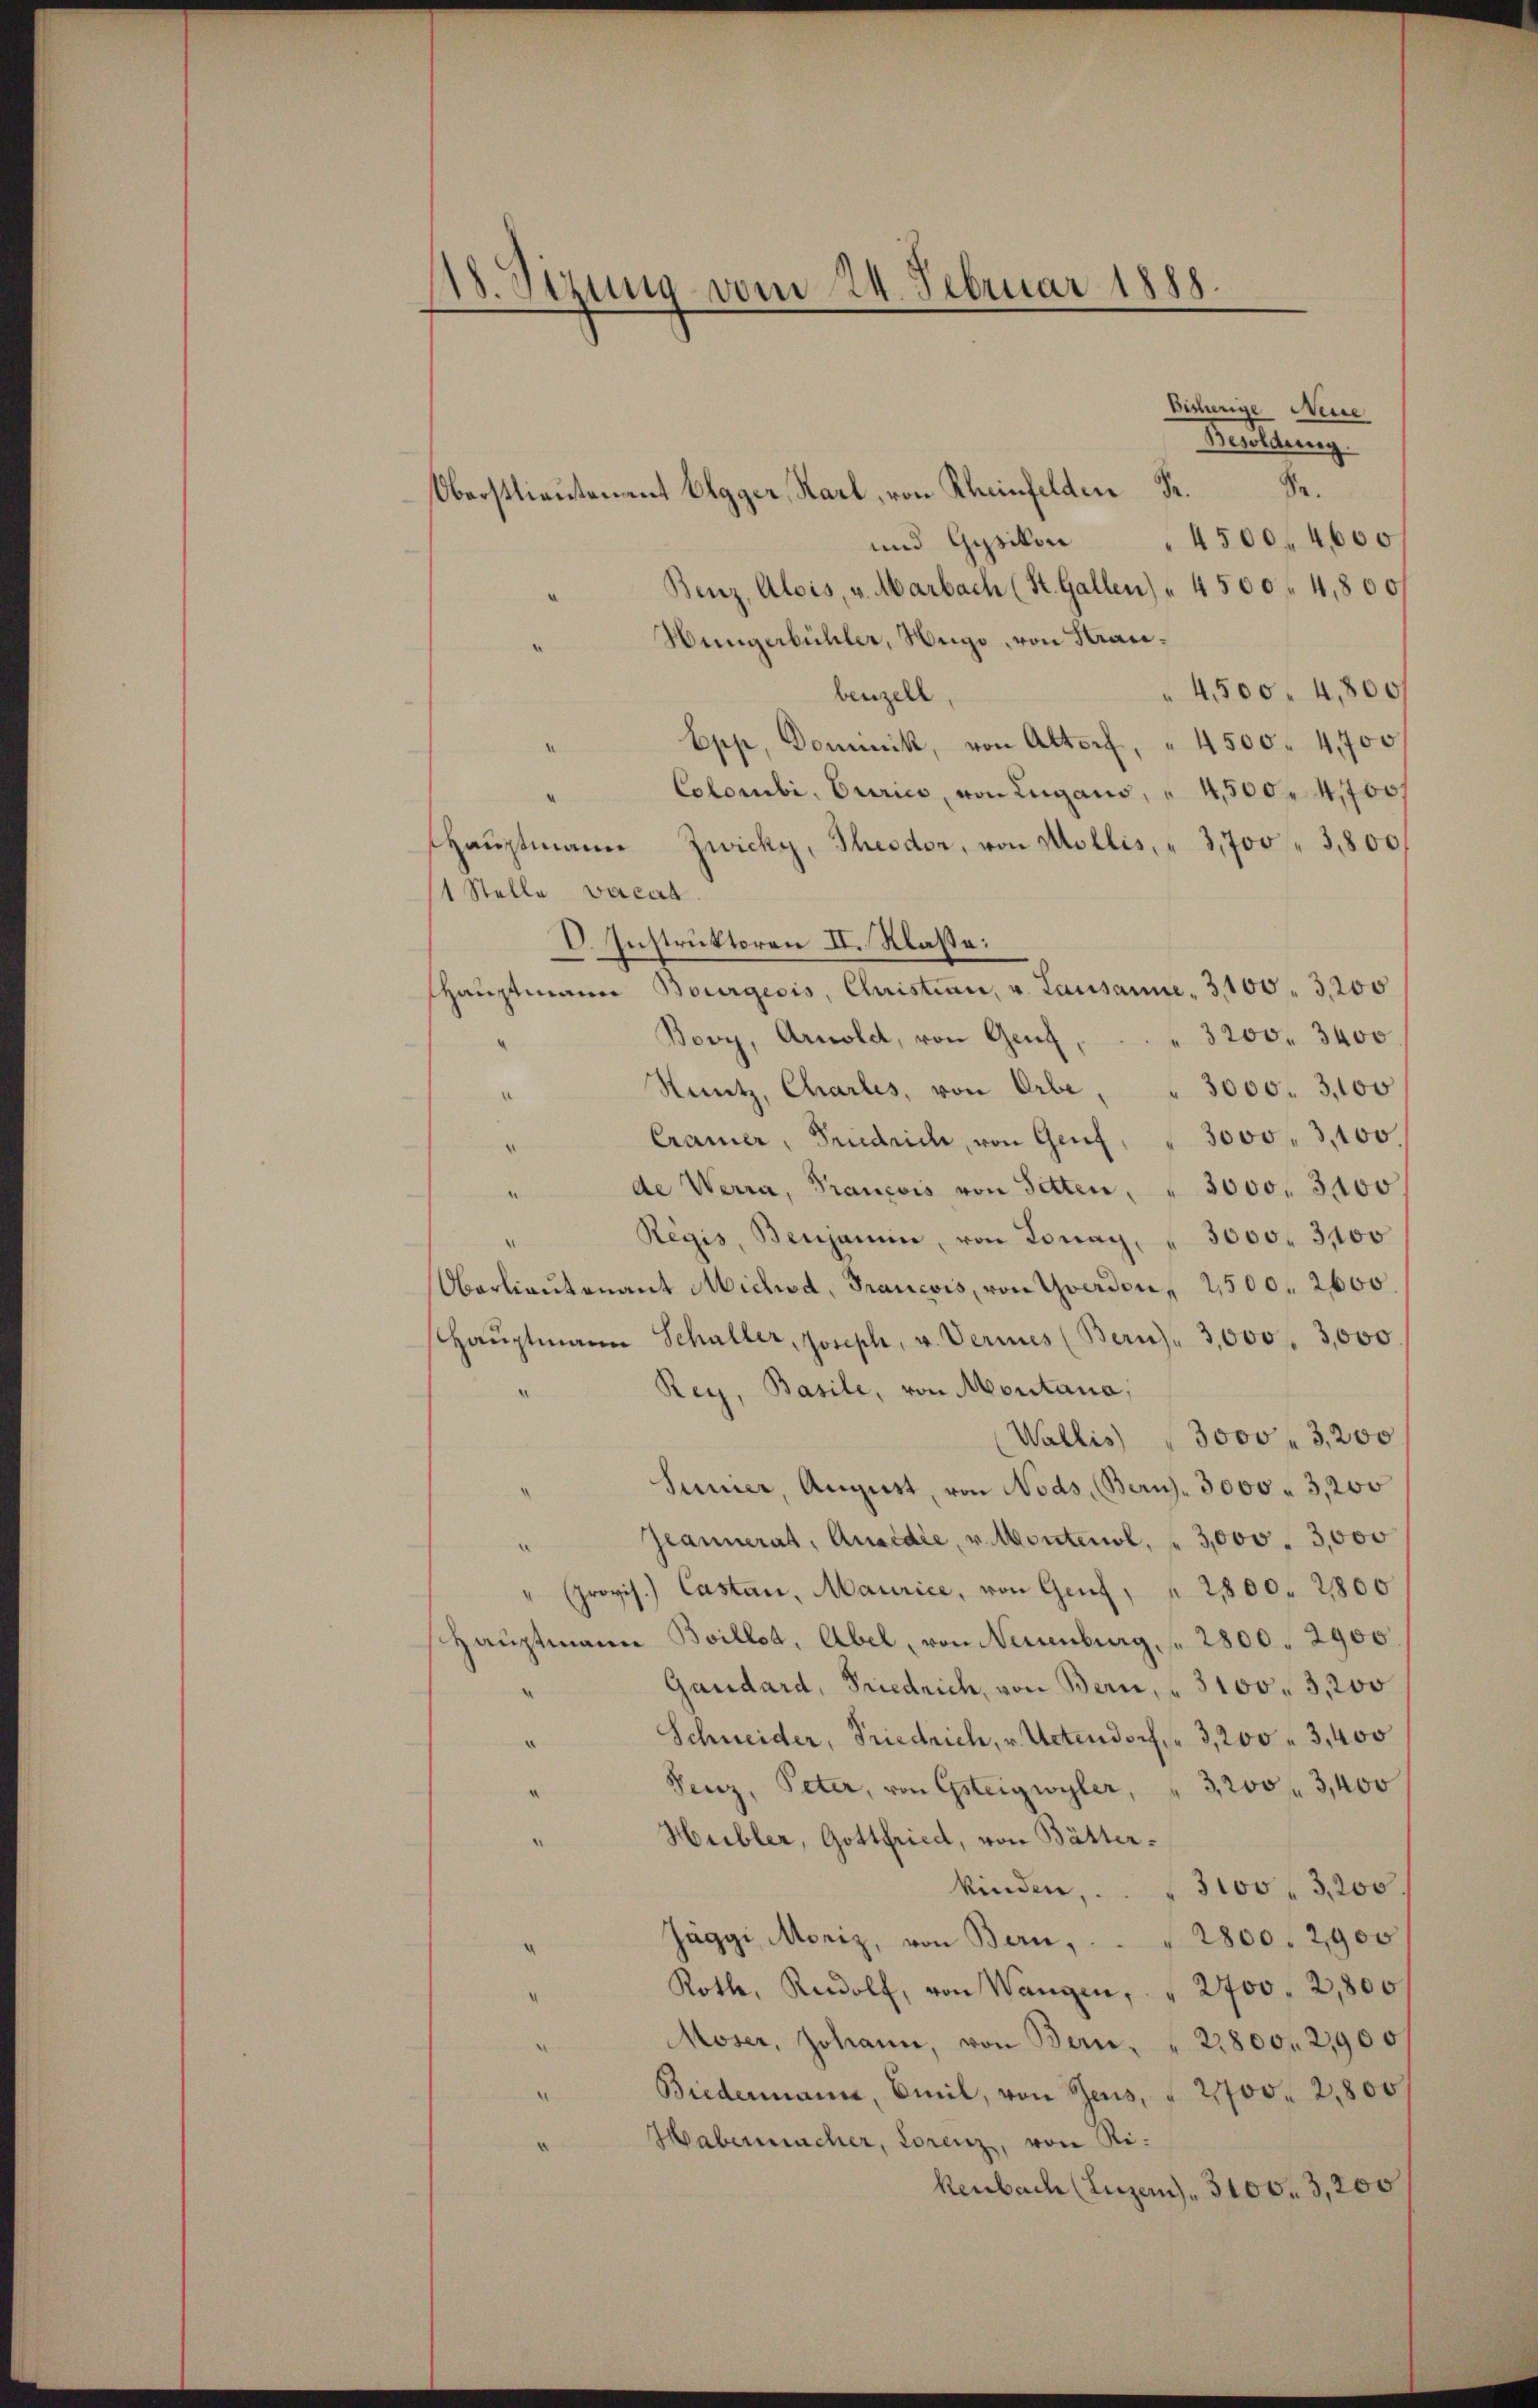
118. Sizung vom 24. Februar 1888.

bisherige Neue
Besoldung.
de.
Oberstlieutenant Elgger, Karl, von Rheinfelden Fr.
4500, 4600
und Gysikon
Benz, Alois, v. Marbach (St. Gallen) " 4500 f 4,800
Hüngerbühler, Weige, von Kran¬
 4500. 4,800
benzell,
Epp, Dominik, von Altorf, " 4500. 4,700
Colombi, Curico, von Lugans, " 4,500. 4700 f
Hausmann Zwicky, Theodor, von Mollis, " 3,700 " 3,800
1 Stelle vacan
C. Instruktoren II. Klasse:
shauptmann Bourgesis, Christian, v. Lausanne. 3100. 3200
3200. 3400
Bovy, Arnoldt, von Genf
Sintz, Charlis, von Erbe, " 3000. 3,100
Cramer, Friedrice, von Genf, " 3000 " 3,100.
¬
de Werra, François von Satten, " 3000. 3400
.
Regis, Benjamin, von Tonay, " 3000. 3,100
Oberlieŭtenant Michod, Francois, von Yverdon, 2500. 2600.
Haŭptmann Schaller, Joseph, u. Vermes (Bern - 3,000, 3,000
Rey, Basile, von Montana,
(Wallis) " 3000 " 3,200
Suner, August, von Nods, (Bern. 3000 - 3,200
Jeannerat, Quaidie, v. Montenol. " 3,000. 3,000
provis.) Castan, Maurice, von Genf, " 21800. 2800
Hauptmann Billet, Abel, von Neuenburg. 2800. 2900.
Gandard, Friedrich, von Bern, " 3100. 3,200
Schneider, Friedrich, u. Actendorf  3,200  3,400
Fenz, Peter, von Gsteigwyler, " 3,200 f 3,400
Heibler, Gottfried, von Bätter-
kinden, . . . 3100. 3200.
" 2800. 2900
Jäggi, Moriz, von Bern,
Roth, Rudolf, von Wangen, " 2700. 2,800
Moser, Johann, von Bern, " 22800. 2900
Biedermann, Emil, von Jens, " 2700. 2800
Habermacher, Lorenz, von Rikenbach (Luzern) . 3100. 3,200